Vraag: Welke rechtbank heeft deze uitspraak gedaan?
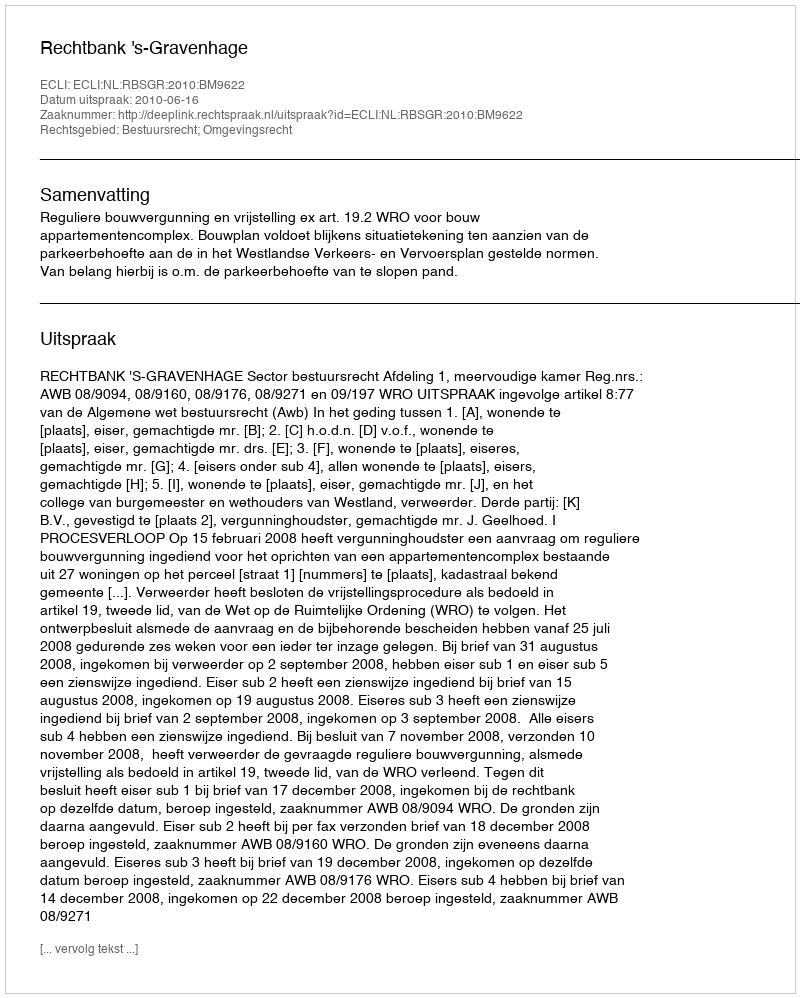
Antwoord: Rechtbank 's-Gravenhage